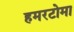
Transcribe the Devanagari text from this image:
हमरटोमा